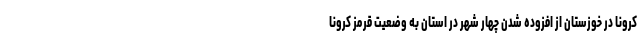
کرونا در خوزستان از افزوده شدن چهار شهر در استان به وضعیت قرمز کرونا